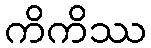
ကိကိဿ